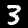
Label: 3